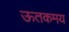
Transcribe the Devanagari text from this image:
ऊतकमय